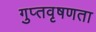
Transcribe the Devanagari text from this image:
गुप्‍तवृषणता